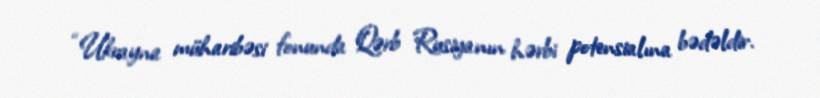
“Ukrayna müharibəsi fonunda Qərb Rusiyanın hərbi potensialına bədəldir.